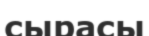
сырасы